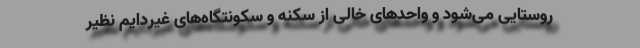
روستایی می‌شود و واحدهای خالی از سکنه و سکونتگاه‌های غیردایم نظیر